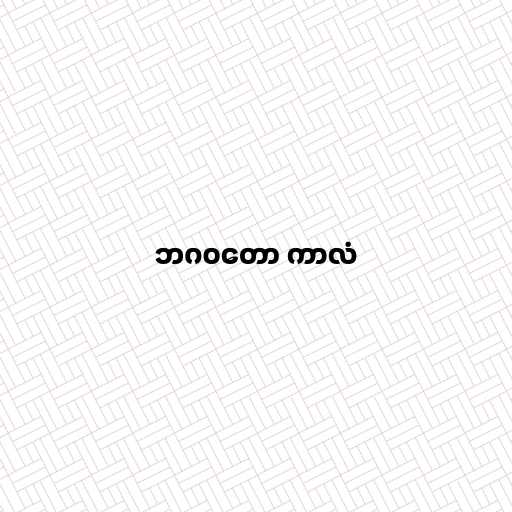
ဘဂဝတော ကာလံ